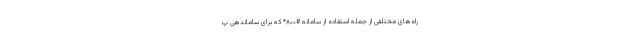
راه‌های مختلفی از جمله استفاده از سامانه #۸۰۰* که برای ساماندهی پ